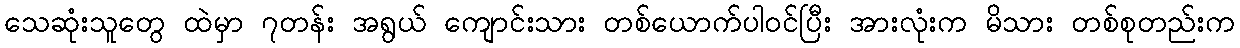
သေဆုံးသူတွေ ထဲမှာ ၇တန်း အရွယ် ကျောင်းသား တစ်ယောက်ပါဝင်ပြီး အားလုံးက မိသား တစ်စုတည်းက